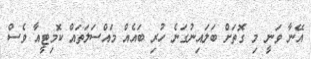
އޭނާ ވަނީ މި ގޮތަށް ބަލައިނުގަނެ ހުރި ބައެއް މައްސަލަތައް ކޮމިޓީއާ ވެސް